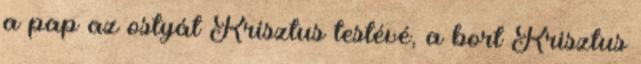
a pap az ostyát Krisztus testé­vé, a bort Krisztus